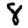
Digit: 8